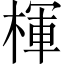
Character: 楎